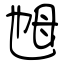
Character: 乸